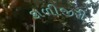
કાળીજીરી